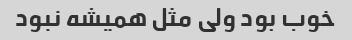
خوب بود ولی مثل همیشه نبود